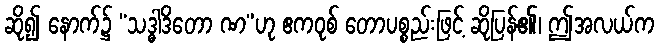
ဆို၍ နောက်၌ “သဒ္ဓါဒိတော ဏ”ဟု ဧကဝုစ် တောပစ္စည်းဖြင့် ဆိုပြန်၏၊ ဤအလယ်က